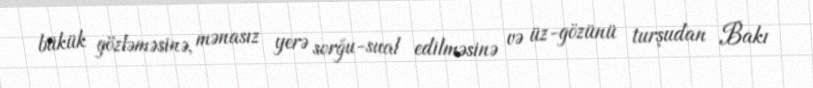
bükük gözləməsinə, mənasız yerə sorğu-sual edilməsinə və üz-gözünü turşudan Bakı